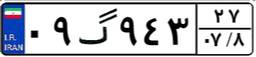
۰۹گ۹۴۳۲۷